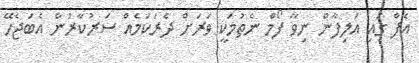
އެފް ގައި އަލިފާން ނިވާ ފޯމް ނެތުމަކީ ވަރަށް ދެރަކަމެއް ސަރުކާރުން އެބަޖެހޭ